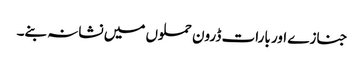
جنازے اور بارات ڈرون حملوں میں نشانہ بنے۔